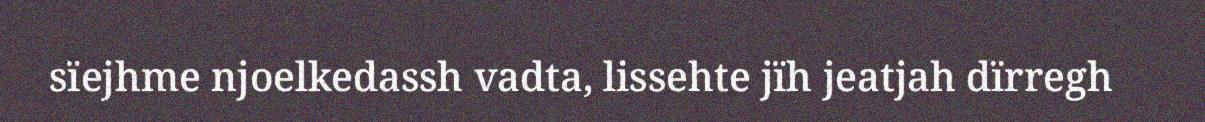
sïejhme njoelkedassh vadta, lissehte jïh jeatjah dïrregh